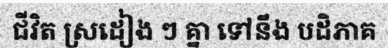
ជីវិត ស្រដៀង ៗ គ្នា ទៅនឹង បដិភាគ